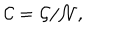
{ \cal C } = { \cal G } / { \cal N } ,